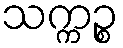
သက္ကဉ္စ